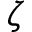
\zeta